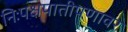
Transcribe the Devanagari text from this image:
निःपक्षपातीपणावर